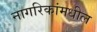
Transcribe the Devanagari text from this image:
नागरिकांमधील